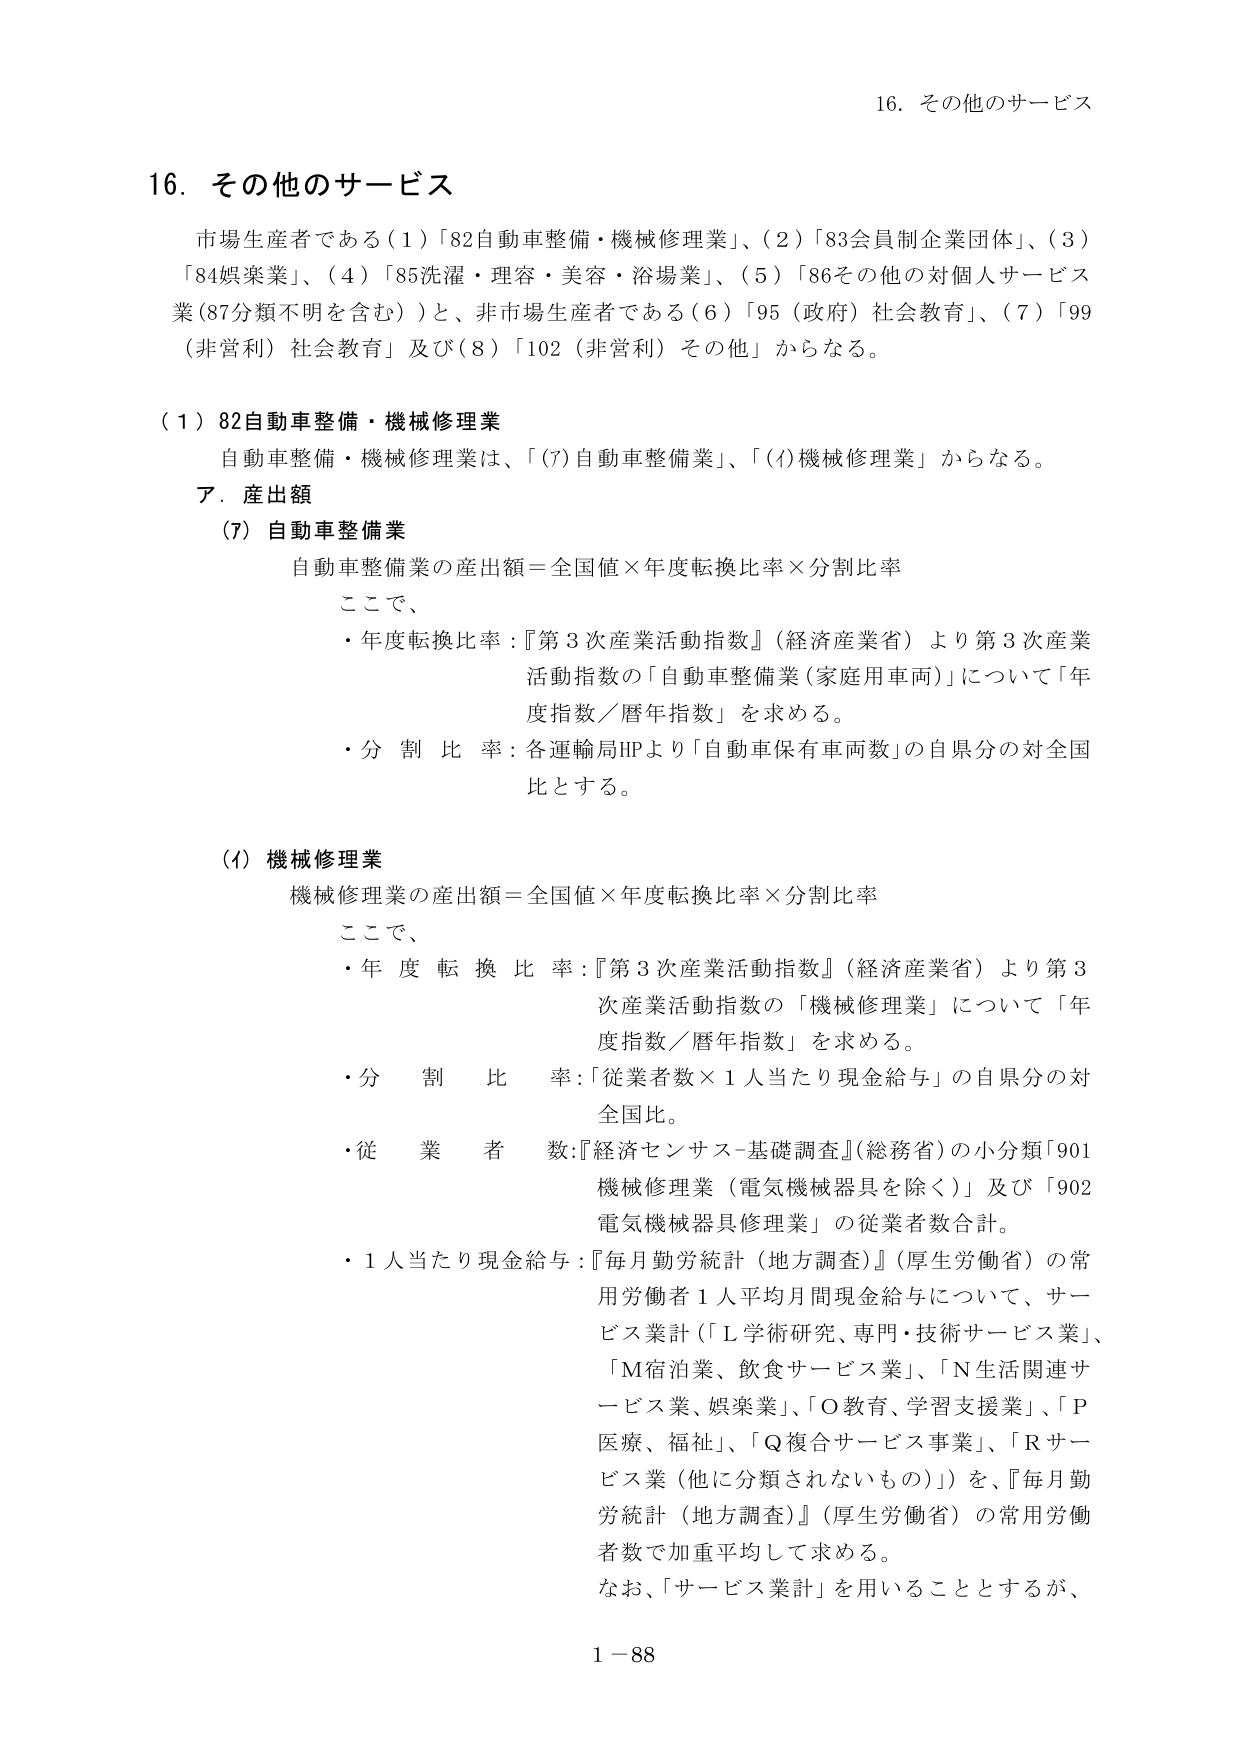
16. その他のサービス

市場生産者である（1）「82自動車整備・機械修理業」、（2）「83会員制企業団体」、（3）「84娯楽業」、（4）「85洗濯・理容・美容・浴場業」、（5）「86その他の対個人サービス業（87分類不明を含む）」と、非市場生産者である（6）「95（政府）社会教育」、（7）「99（非営利）社会教育」及び（8）「102（非営利）その他」からなる。

（1）82自動車整備・機械修理業

自動車整備・機械修理業は、「(7)自動車整備業」、「(4)機械修理業」からなる。

ア．産出額

(7) 自動車整備業

自動車整備業の産出額＝全国値×年度転換比率×分割比率

ここで、

・年度転換比率：『第3次産業活動指数』（経済産業省）より第3次産業活動指数の「自動車整備業（家庭用車両）」について「年度指数／暦年指数」を求める。

・分割比率：各運輸局HPより「自動車保有車両数」の自県分の対全国比とする。

(4) 機械修理業

機械修理業の産出額＝全国値×年度転換比率×分割比率

ここで、

・年度転換比率：『第3次産業活動指数』（経済産業省）より第3次産業活動指数の「機械修理業」について「年度指数／暦年指数」を求める。

・分割比率：「従業者数×1人当たり現金給与」の自県分の対全国比。

・従業者数：『経済センサス-基礎調査』（総務省）の小分類「901機械修理業（電気機械器具を除く）」及び「902電気機械器具修理業」の従業者数合計。

・1人当たり現金給与：『毎月勤労統計（地方調査）』（厚生労働省）の常用労働者1人平均月間現金給与について、サービス業計（「L学術研究、専門・技術サービス業」、「M宿泊業、飲食サービス業」、「N生活関連サービス業、娯楽業」、「O教育、学習支援業」、「P医療、福祉」、「Q複合サービス事業」、「Rサービス業（他に分類されないもの）」）を、『毎月勤労統計（地方調査）』（厚生労働省）の常用労働者数で加重平均して求める。

なお、「サービス業計」を用いることとするが、

1－88